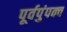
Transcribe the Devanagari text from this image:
पूर्वपुंपक्व